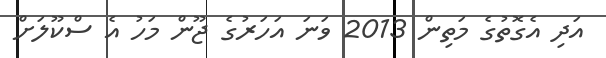
އަދި އެގޮތުގެ މަތިން 2013 ވަނަ އަހަރުގެ ޖޫން މަހު އެ ސްކޫލަށް